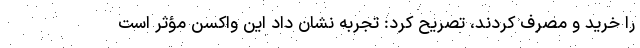
را خرید و مصرف کردند، تصریح کرد: تجربه نشان داد این واکسن مؤثر است